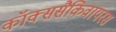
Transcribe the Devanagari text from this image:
कॉक्ससैकिवायरस